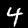
Label: 4